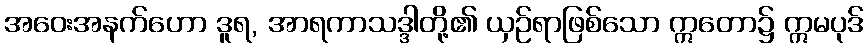
အဝေးအနက်ဟော ဒူရ, အာရကာသဒ္ဒါတို့၏ ယှဉ်ရာဖြစ်သော ဣတော၌ ဣမပုဒ်